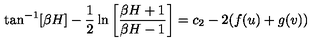
\tan ^ { - 1 } [ \beta H ] - \frac { 1 } { 2 } \ln \left[ \frac { \beta H + 1 } { \beta H - 1 } \right] = c _ { 2 } - 2 ( f ( u ) + g ( v ) )